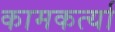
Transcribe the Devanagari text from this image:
कामकर्त्या